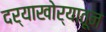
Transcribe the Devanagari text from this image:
दर्‍याखोर्‍यातून